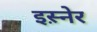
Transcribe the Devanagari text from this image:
इस़्नेर